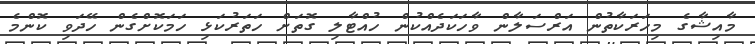
މާއިޝާގެ މިހަރަކާތުން އަރްސަލާން ވާހަކަދެއްކުން ހުއްޓާލި ގޮތަށް ހަތަރުކަޅި ހަމަކޮށްގެން ހޭދަވި ކޮންމެ